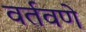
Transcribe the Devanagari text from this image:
वर्तवणे